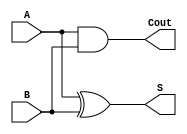
module half_adder(A, B, S, Cout);

   input A, B;
   output S, Cout;

   //xor (S, A, B);
   //and (Cout, A, B);

   assign S = A ^ B;
   assign Cout = A & B;
endmodule // half_adder